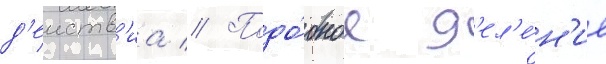
д'еиств'иа // Подо́бное д'ел'е́н'ие